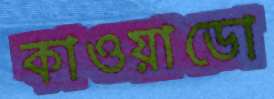
কাওয়াডো